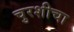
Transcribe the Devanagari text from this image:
चुरशीचा